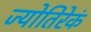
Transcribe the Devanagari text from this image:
ज्योतिरेकं